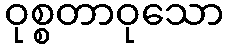
ဝုစ္စတာဝုသော